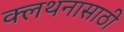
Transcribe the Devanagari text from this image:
क्लथनासाठी